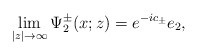
\begin{align*}\lim_{|z|\rightarrow\infty}\Psi^\pm_2(x;z)=e^{-ic_\pm}e_2,\end{align*}